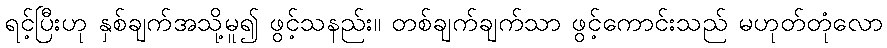
ရင့်ပြီးဟု နှစ်ချက်အသို့မူ၍ ဖွင့်သနည်း။ တစ်ချက်ချက်သာ ဖွင့်ကောင်းသည် မဟုတ်တုံလော